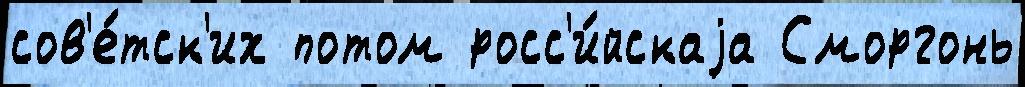
сов'е́тск'их потом росс'и́йскаjа Сморгонь